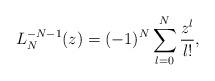
LaTeX: \begin{gather*} L_{N}^{-N-1}(z) =(-1) ^{N}\sum_{l=0}^{N}\frac{z^{l}}{l!},\end{gather*}